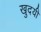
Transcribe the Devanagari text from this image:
खुदयी